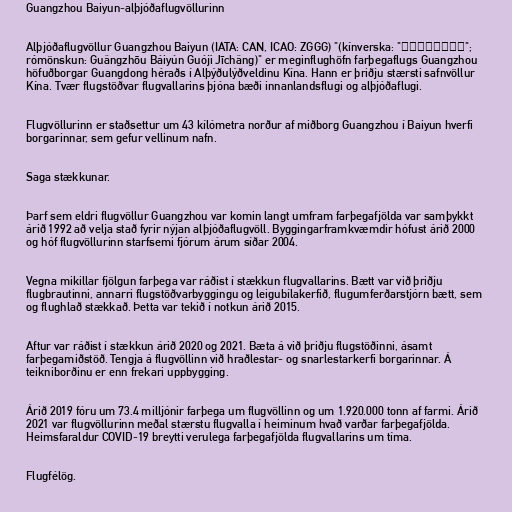
Guangzhou Baiyun-alþjóðaflugvöllurinn

Alþjóðaflugvöllur Guangzhou Baiyun (IATA: CAN, ICAO: ZGGG) "(kínverska: "廣州白雲國際機場";
rómönskun: Guǎngzhōu Báiyún Guójì Jīchǎng)" er meginflughöfn farþegaflugs Guangzhou
höfuðborgar Guangdong héraðs í Alþýðulýðveldinu Kína. Hann er þriðju stærsti safnvöllur
Kína. Tvær flugstöðvar flugvallarins þjóna bæði innanlandsflugi og alþjóðaflugi.

Flugvöllurinn er staðsettur um 43 kílómetra norður af miðborg Guangzhou í Baiyun hverfi
borgarinnar, sem gefur vellinum nafn.

Saga stækkunar.

Þarf sem eldri flugvöllur Guangzhou var komin langt umfram farþegafjölda var samþykkt
árið 1992 að velja stað fyrir nýjan alþjóðaflugvöll. Byggingarframkvæmdir hófust árið 2000
og hóf flugvöllurinn starfsemi fjórum árum síðar 2004.

Vegna mikillar fjölgun farþega var ráðist í stækkun flugvallarins. Bætt var við þriðju
flugbrautinni, annarri flugstöðvarbyggingu og leigubílakerfið, flugumferðarstjórn bætt, sem
og flughlað stækkað. Þetta var tekið í notkun árið 2015.

Aftur var ráðist í stækkun árið 2020 og 2021. Bæta á við þriðju flugstöðinni, ásamt
farþegamiðstöð. Tengja á flugvöllinn við hraðlestar- og snarlestarkerfi borgarinnar. Á
teikniborðinu er enn frekari uppbygging.

Árið 2019 fóru um 73.4 milljónir farþega um flugvöllinn og um 1.920.000 tonn af farmi. Árið
2021 var flugvöllurinn meðal stærstu flugvalla í heiminum hvað varðar farþegafjölda.
Heimsfaraldur COVID-19 breytti verulega farþegafjölda flugvallarins um tíma.

Flugfélög.